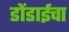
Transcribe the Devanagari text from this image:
डोंडाईचा